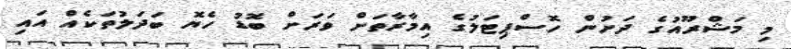
މި މަޝްރޫއުގެ ދަށުން ހޮސްޕިޓަލުގެ އިމާރާތަށް ވަރަށް ބޮޑު ހެޔޮ ބަދަލުތަކެއް އައި